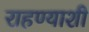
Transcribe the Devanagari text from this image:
राहण्याशी